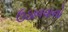
ઉઠાવવાનો